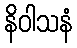
နိဝါသနံ